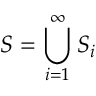
S = \bigcup _ { i = 1 } ^ { \infty } S _ { i }